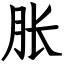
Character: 胀